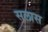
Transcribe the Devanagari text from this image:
सलास